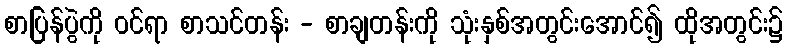
စာပြန်ပွဲကို ဝင်ရာ စာသင်တန်း - စာချတန်းကို သုံးနှစ်အတွင်းအောင်၍ ထိုအတွင်း၌